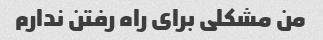
من مشکلی برای راه رفتن ندارم